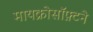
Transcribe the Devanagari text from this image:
मायक्रोसॉफ़्टने